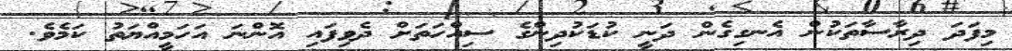
މިފަދަ ދިރާސާތަކުން އެނގިގެން ދަނީ ކުޑަކުދިންގެ ސިއްހަތަށް ދެވިފައި އޮންނަ އަހަމީއްޔަތު ކަމެވެ.